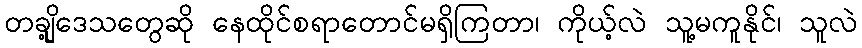
တချို့ဒေသတွေဆို နေထိုင်စရာတောင်မရှိကြတာ၊ ကိုယ့်လဲ သူ့မကူနိုင်၊ သူလဲ